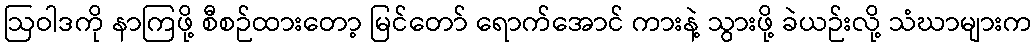
ဩဝါဒကို နာကြဖို့ စီစဉ်ထားတော့ မြင်တော် ရောက်အောင် ကားနဲ့ သွားဖို့ ခဲယဉ်းလို့ သံဃာများက